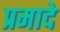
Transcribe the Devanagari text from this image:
प्रमादे